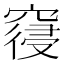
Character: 𮄎